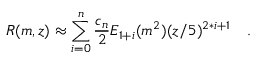
R ( m , z ) \approx \sum _ { i = 0 } ^ { n } \frac { c _ { n } } { 2 } E _ { 1 + i } ( m ^ { 2 } ) ( z / 5 ) ^ { 2 * i + 1 } \quad .